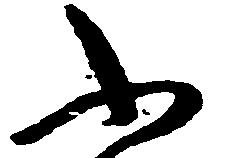
ふ